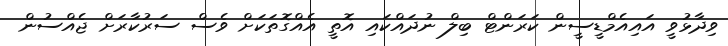
ވިދާޅުވީ އައިއެމްޑީސީން ކަރަންޓް ބިލް ނުދައްކައި އޮތީ އެއްގޮތަކަށް ވެސް ސަރުކާރަށް ޖެއްސުން